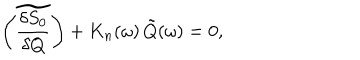
LaTeX: \left( \widetilde { \frac { \delta S _ { 0 } } { \delta Q } } \right) + K _ { n } ( \omega ) \, \tilde { Q } ( \omega ) = 0 ,